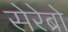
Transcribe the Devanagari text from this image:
सेरेब्रो